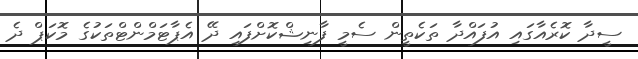
ސީދާ ކޮރެއާގައި އުފައްދާ ތަކެތީން ސެމީ ފާނިޝްކޮށްފައި ދޭ އެޕާޓަމްންޓްތަކުގެ މޮކަޕް ދެ